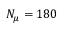
N _ { \mu } = 1 8 0